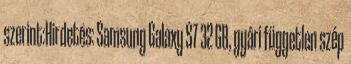
szerint:Hirdetés: Samsung Galaxy S7 32 GB, gyári független szép